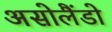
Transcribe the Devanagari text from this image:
असोलैंडो